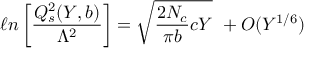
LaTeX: \ell n \left[ { \frac { Q _ { s } ^ { 2 } ( Y , b ) } { \Lambda ^ { 2 } } } \right] = { \sqrt { { \frac { 2 N _ { c } } { \pi b } } c Y } } \ + O ( Y ^ { 1 / 6 } )